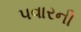
પવારની